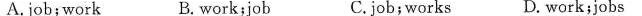
A.job;work B. work;job C.job; works D. work;jobs